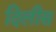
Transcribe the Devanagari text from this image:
दिलीस